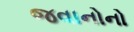
જવાનોનો